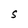
Character: S